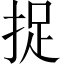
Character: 捉